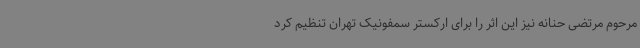
مرحوم مرتضی حنانه نیز این اثر را برای ارکستر سمفونیک تهران تنظیم کرد